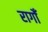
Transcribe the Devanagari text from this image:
रागोँ